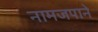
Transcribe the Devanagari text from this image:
नामजपाने